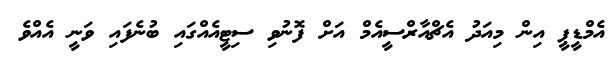
އެމްޑީޕީ އިން މިއަދު އެޗްއާރްސީއެމް އަށް ފޮނުވި ސިޓީއެއްގައި ބުނެފައި ވަނީ އެއްވެ